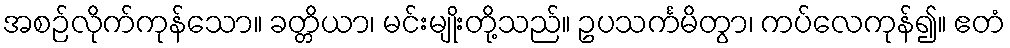
အစဉ်လိုက်ကုန်သော။ ခတ္တိယာ၊ မင်းမျိုးတို့သည်။ ဥပသင်္ကမိတွာ၊ ကပ်လေကုန်၍။ ဧတံ